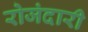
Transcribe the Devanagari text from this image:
रोजंदारी